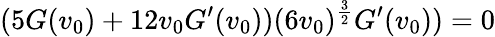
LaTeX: (5G(v_{0})+12v_{0}G^{\prime}(v_{0}))(6v_{0})^{\frac{3}{2}}G^{\prime}(v_{0}))=0